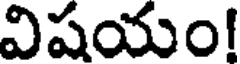
విషయం!